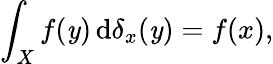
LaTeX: \int_{X}f(\mathit{y})\, \mathrm{{d}}\delta_{x}(\mathit{y})=f(x),